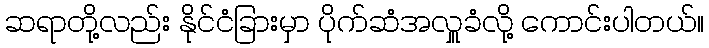
ဆရာတို့လည်း နိုင်ငံခြားမှာ ပိုက်ဆံအလှူခံလို့ ကောင်းပါတယ်။